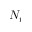
N _ { t }